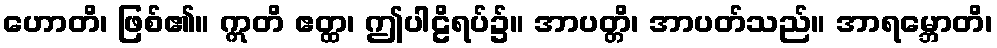
ဟောတိ၊ ဖြစ်၏။ ဣတိ ဧတ္ထ၊ ဤပါဠိရပ်၌။ အာပတ္တိ၊ အာပတ်သည်။ အာရမ္ဘောတိ၊